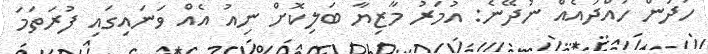
ހަދަން ހުއްދައެއް ނުދޭނެ: އުމަރު މާޒިޔާ ބަލިކޮށް ނިއު އެއް ވަނައިގައި ފުރަތަމަ